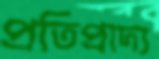
প্রতিপ্রাদ্য